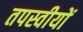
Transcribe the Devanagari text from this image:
तपस्वीयों